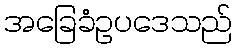
အခြေခံဥပဒေသည်